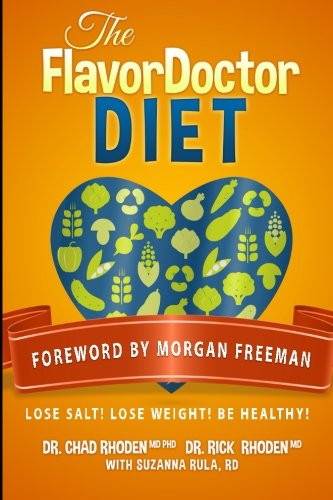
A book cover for The FlavorDoctor Diet: Lose Salt! Lose Weight! Be Healthy!; MD, Chad Rhoden; Cookbooks, Food & Wine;